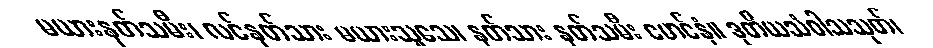
မယားနတ်သမီး၊ လင်နတ်သား မယားသူသေ၊ နတ်သား နတ်သမီး မောင်နှံ။ ဒုတိယသံဝါသသုတ်၊